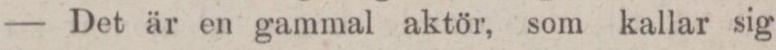
— Det är en gammal aktör, som kallar sig